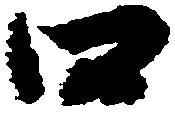
口